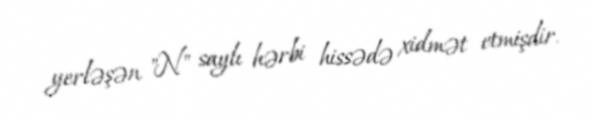
yerləşən "N" saylı hərbi hissədə xidmət etmişdir.